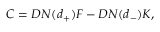
C = D N ( d _ { + } ) F - D N ( d _ { - } ) K ,